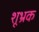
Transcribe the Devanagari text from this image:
शूभ्रक